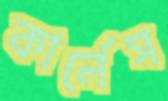
কার্লেস